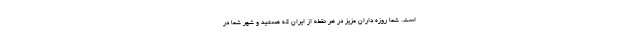
است. شما روزه داران عزیز در هر نقطه از ایران که هستید و شهر شما در